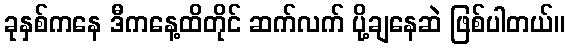
ခုနှစ်ကနေ ဒီကနေ့ထိတိုင် ဆက်လက် ပို့ချနေဆဲ ဖြစ်ပါတယ်။